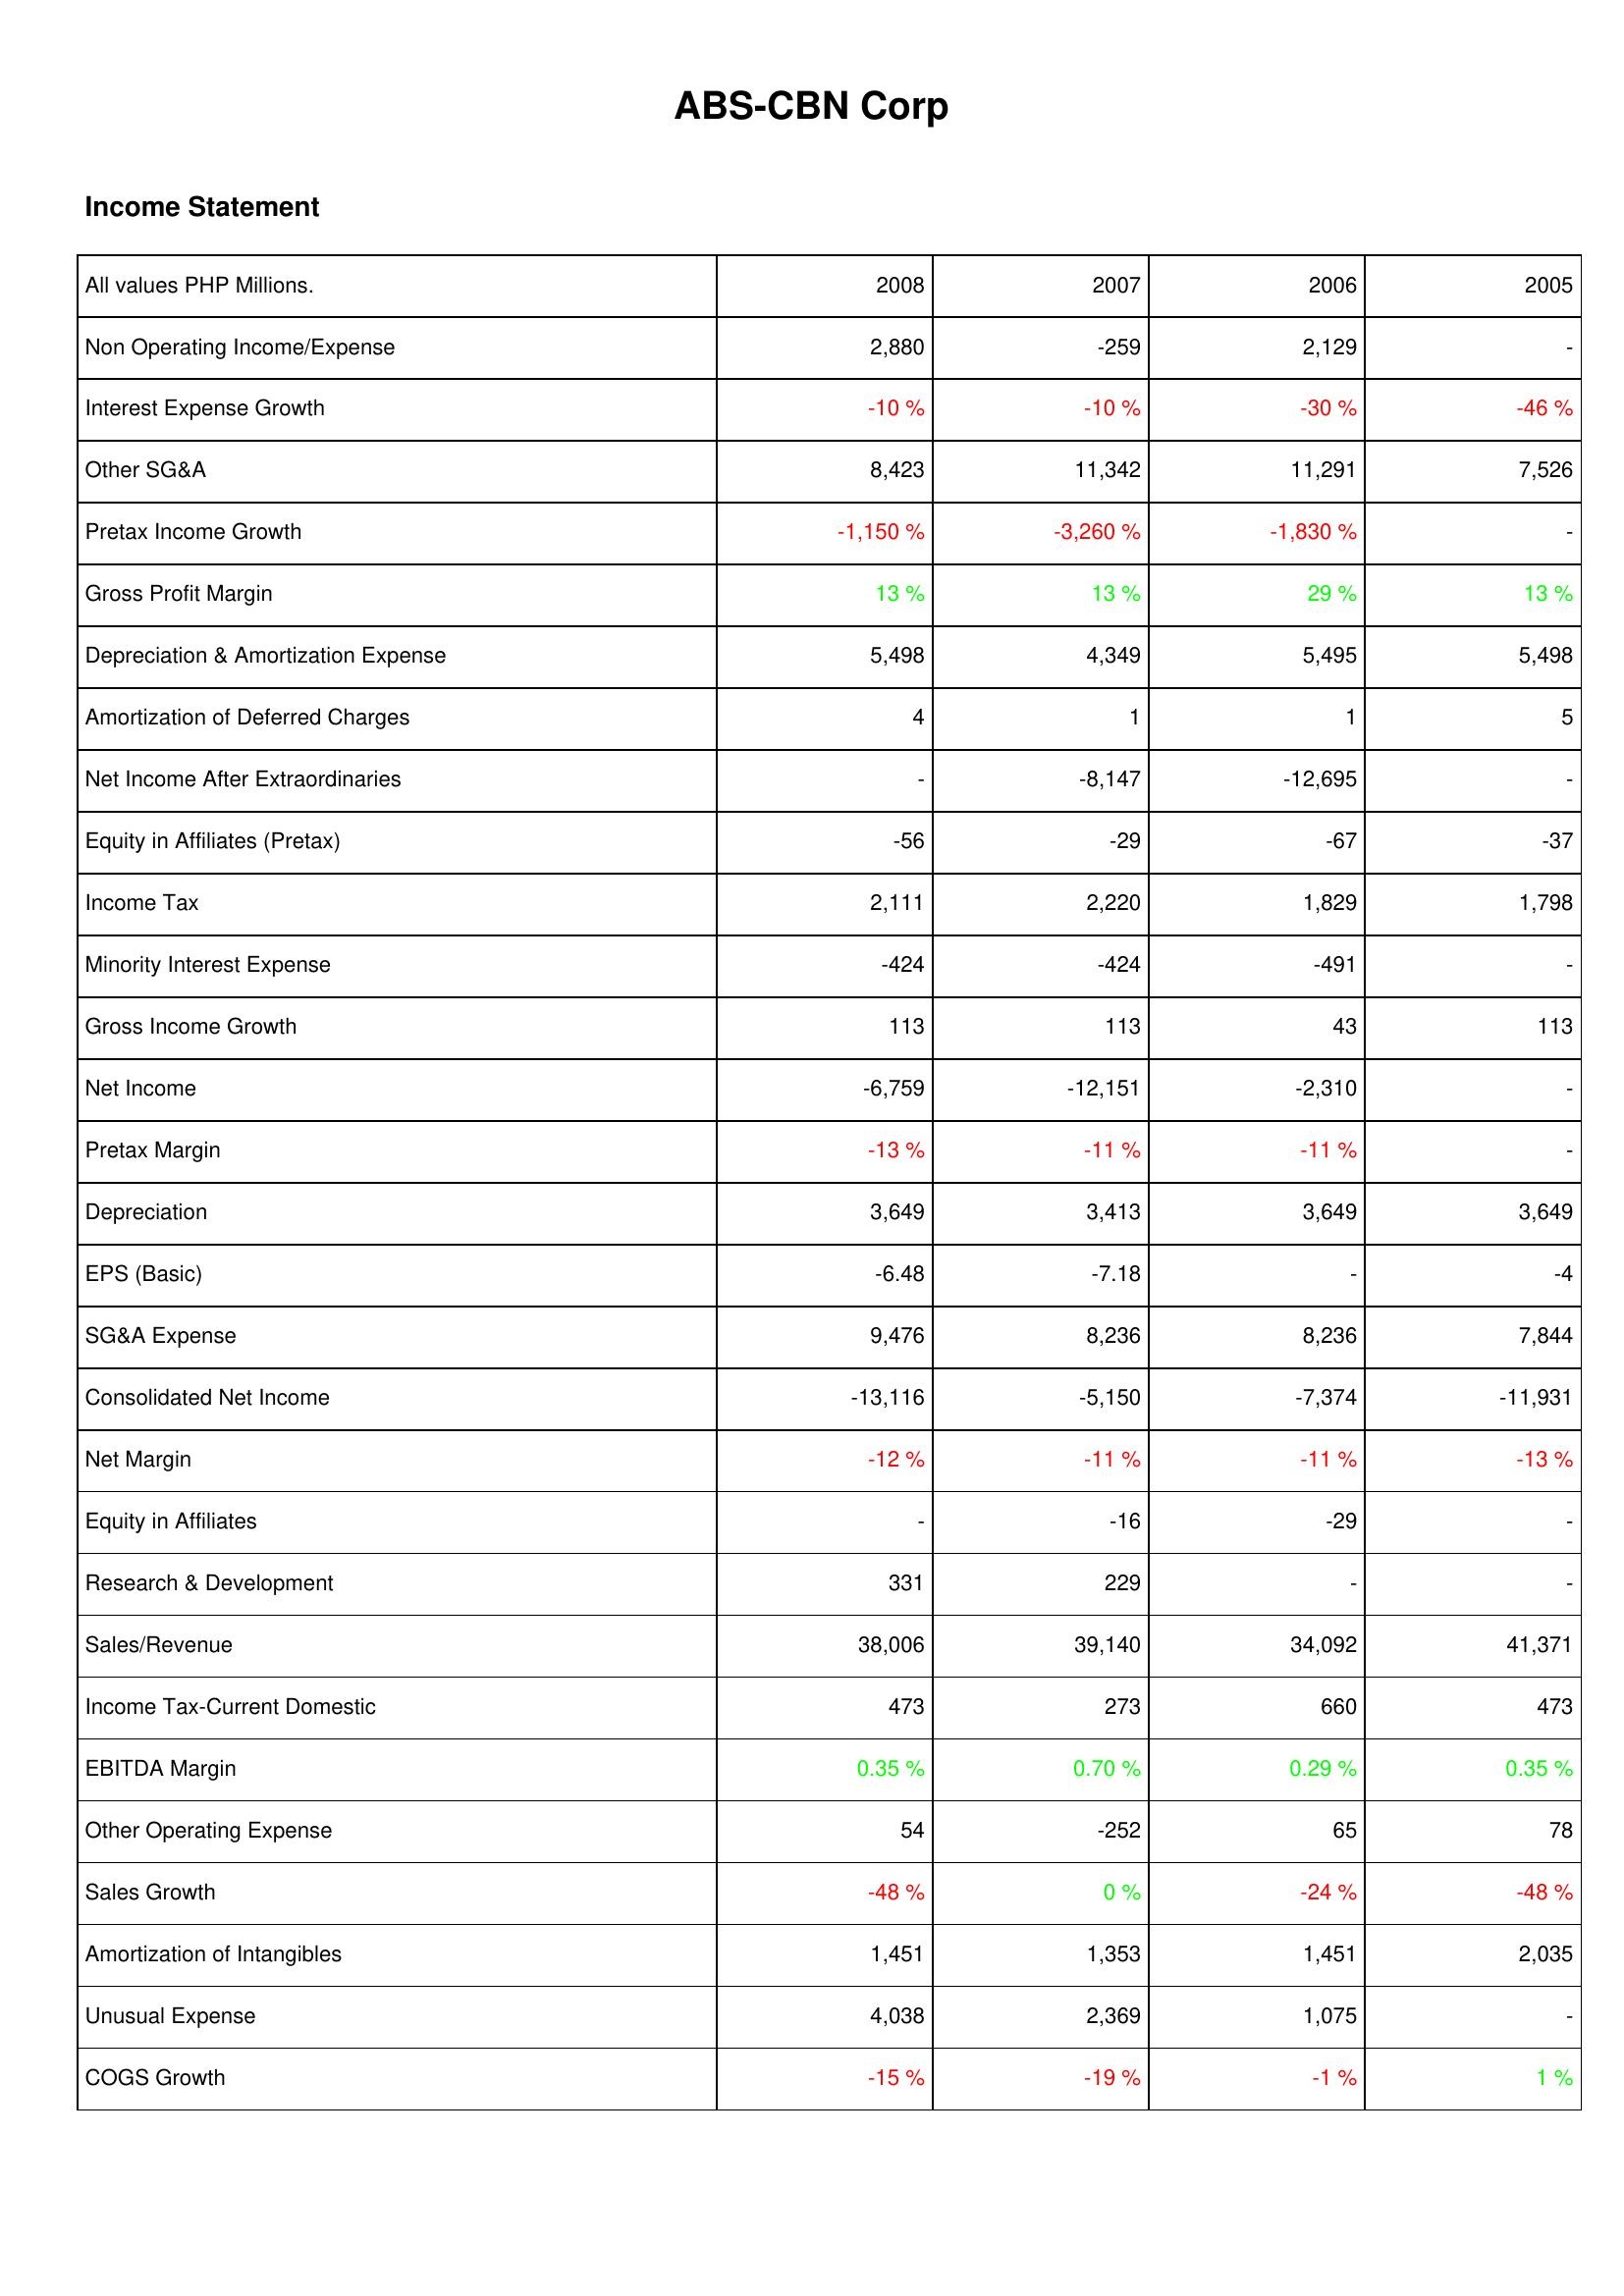
2008: Income Statement: Non Operating Income/Expense: 2,880
Interest Expense Growth: -10 %
Other SG&A: 8,423
Pretax Income Growth: -1,150 %
Gross Profit Margin: 13 %
Depreciation & Amortization Expense: 5,498
Amortization of Deferred Charges: 4
Net Income After Extraordinaries: -
Equity in Affiliates (Pretax): -56
Income Tax: 2,111
Minority Interest Expense: -424
Gross Income Growth: 113
Net Income: -6,759
Pretax Margin: -13 %
Depreciation: 3,649
EPS (Basic): -6.48
SG&A Expense: 9,476
Consolidated Net Income: -13,116
Net Margin: -12 %
Equity in Affiliates: -
Research & Development: 331
Sales/Revenue: 38,006
Income Tax-Current Domestic: 473
EBITDA Margin: 0.35 %
Other Operating Expense: 54
Sales Growth: -48 %
Amortization of Intangibles: 1,451
Unusual Expense: 4,038
COGS Growth: -15 %
2007: Income Statement: Non Operating Income/Expense: -259
Interest Expense Growth: -10 %
Other SG&A: 11,342
Pretax Income Growth: -3,260 %
Gross Profit Margin: 13 %
Depreciation & Amortization Expense: 4,349
Amortization of Deferred Charges: 1
Net Income After Extraordinaries: -8,147
Equity in Affiliates (Pretax): -29
Income Tax: 2,220
Minority Interest Expense: -424
Gross Income Growth: 113
Net Income: -12,151
Pretax Margin: -11 %
Depreciation: 3,413
EPS (Basic): -7.18
SG&A Expense: 8,236
Consolidated Net Income: -5,150
Net Margin: -11 %
Equity in Affiliates: -16
Research & Development: 229
Sales/Revenue: 39,140
Income Tax-Current Domestic: 273
EBITDA Margin: 0.70 %
Other Operating Expense: -252
Sales Growth: 0 %
Amortization of Intangibles: 1,353
Unusual Expense: 2,369
COGS Growth: -19 %
2006: Income Statement: Non Operating Income/Expense: 2,129
Interest Expense Growth: -30 %
Other SG&A: 11,291
Pretax Income Growth: -1,830 %
Gross Profit Margin: 29 %
Depreciation & Amortization Expense: 5,495
Amortization of Deferred Charges: 1
Net Income After Extraordinaries: -12,695
Equity in Affiliates (Pretax): -67
Income Tax: 1,829
Minority Interest Expense: -491
Gross Income Growth: 43
Net Income: -2,310
Pretax Margin: -11 %
Depreciation: 3,649
EPS (Basic): -
SG&A Expense: 8,236
Consolidated Net Income: -7,374
Net Margin: -11 %
Equity in Affiliates: -29
Research & Development: -
Sales/Revenue: 34,092
Income Tax-Current Domestic: 660
EBITDA Margin: 0.29 %
Other Operating Expense: 65
Sales Growth: -24 %
Amortization of Intangibles: 1,451
Unusual Expense: 1,075
COGS Growth: -1 %
2005: Income Statement: Non Operating Income/Expense: -
Interest Expense Growth: -46 %
Other SG&A: 7,526
Pretax Income Growth: -
Gross Profit Margin: 13 %
Depreciation & Amortization Expense: 5,498
Amortization of Deferred Charges: 5
Net Income After Extraordinaries: -
Equity in Affiliates (Pretax): -37
Income Tax: 1,798
Minority Interest Expense: -
Gross Income Growth: 113
Net Income: -
Pretax Margin: -
Depreciation: 3,649
EPS (Basic): -4
SG&A Expense: 7,844
Consolidated Net Income: -11,931
Net Margin: -13 %
Equity in Affiliates: -
Research & Development: -
Sales/Revenue: 41,371
Income Tax-Current Domestic: 473
EBITDA Margin: 0.35 %
Other Operating Expense: 78
Sales Growth: -48 %
Amortization of Intangibles: 2,035
Unusual Expense: -
COGS Growth: 1 %